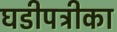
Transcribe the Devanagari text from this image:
घडीपत्रीका